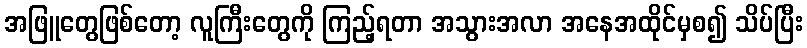
အဖြူတွေဖြစ်တော့ လူကြီးတွေကို ကြည့်ရတာ အသွားအလာ အနေအထိုင်မှစ၍ သိပ်ပြီး